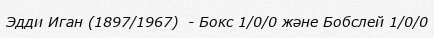
Эдди Иган (1897/1967)  - Бокс 1/0/0 және Бобслей 1/0/0